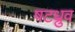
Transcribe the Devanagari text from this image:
षटध्रुव